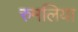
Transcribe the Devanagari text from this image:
रुमलिया